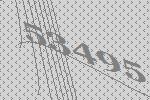
53495